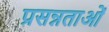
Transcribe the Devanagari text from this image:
प्रसन्नताओं